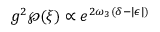
g ^ { 2 } \wp ( \xi ) \propto e ^ { 2 \omega _ { 3 } ( \delta - | \epsilon | ) }